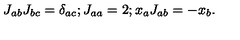
J _ { a b } J _ { b c } = \delta _ { a c } ; J _ { a a } = 2 ; x _ { a } J _ { a b } = - x _ { b } .